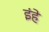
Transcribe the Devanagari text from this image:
इंहें